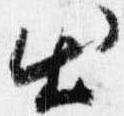
出